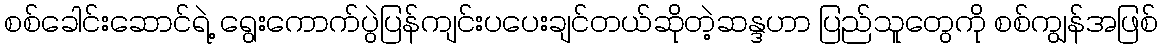
စစ်ခေါင်းဆောင်ရဲ့ ရွေးကောက်ပွဲပြန်ကျင်းပပေးချင်တယ်ဆိုတဲ့ဆန္ဒဟာ ပြည်သူတွေကို စစ်ကျွန်အဖြစ်